Vaccination in Burma 1920-1933 - 1920-1933
Year: 1920
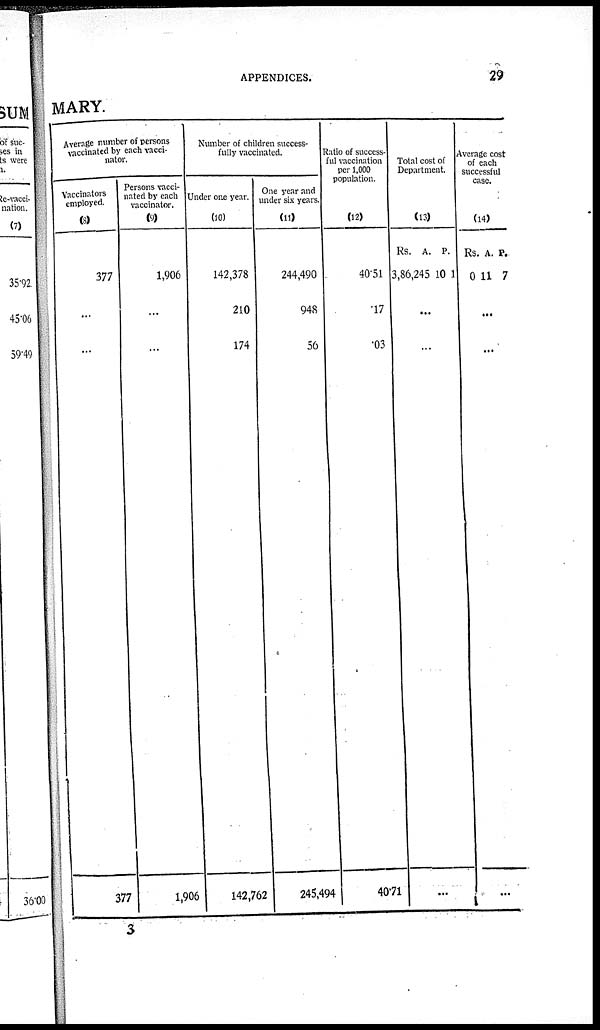
APPENDICES.
29
MARY.
Average number of persons
vaccinated by each vacci-
nator.
Vaccinators
employed.
(8)
377
...
...
377
Persons vacci-
nated by each
vaccinator.
(9)
1,906
...
...
1,906
Number of children success-
fully vaccinated.
Under one year.
(10)
142,378
210
174
142,762
One year and
under six years.
(11)
244,490
948
56
245,494
Ratio of success-
ful vaccination
per 1,000
population.
(12)
40.51
.17
.03
40.71
Total cost of
Department.
(13)
Rs.
3,86,245
A.
10
P.
1
...
...
...
Average cost
of each
successful
case.
(14)
Rs.
0
A.
11
P.
7
...
...
...
3